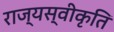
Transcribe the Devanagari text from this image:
राज्यस्वीकृति